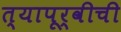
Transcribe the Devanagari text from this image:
त्यापूर्वीची